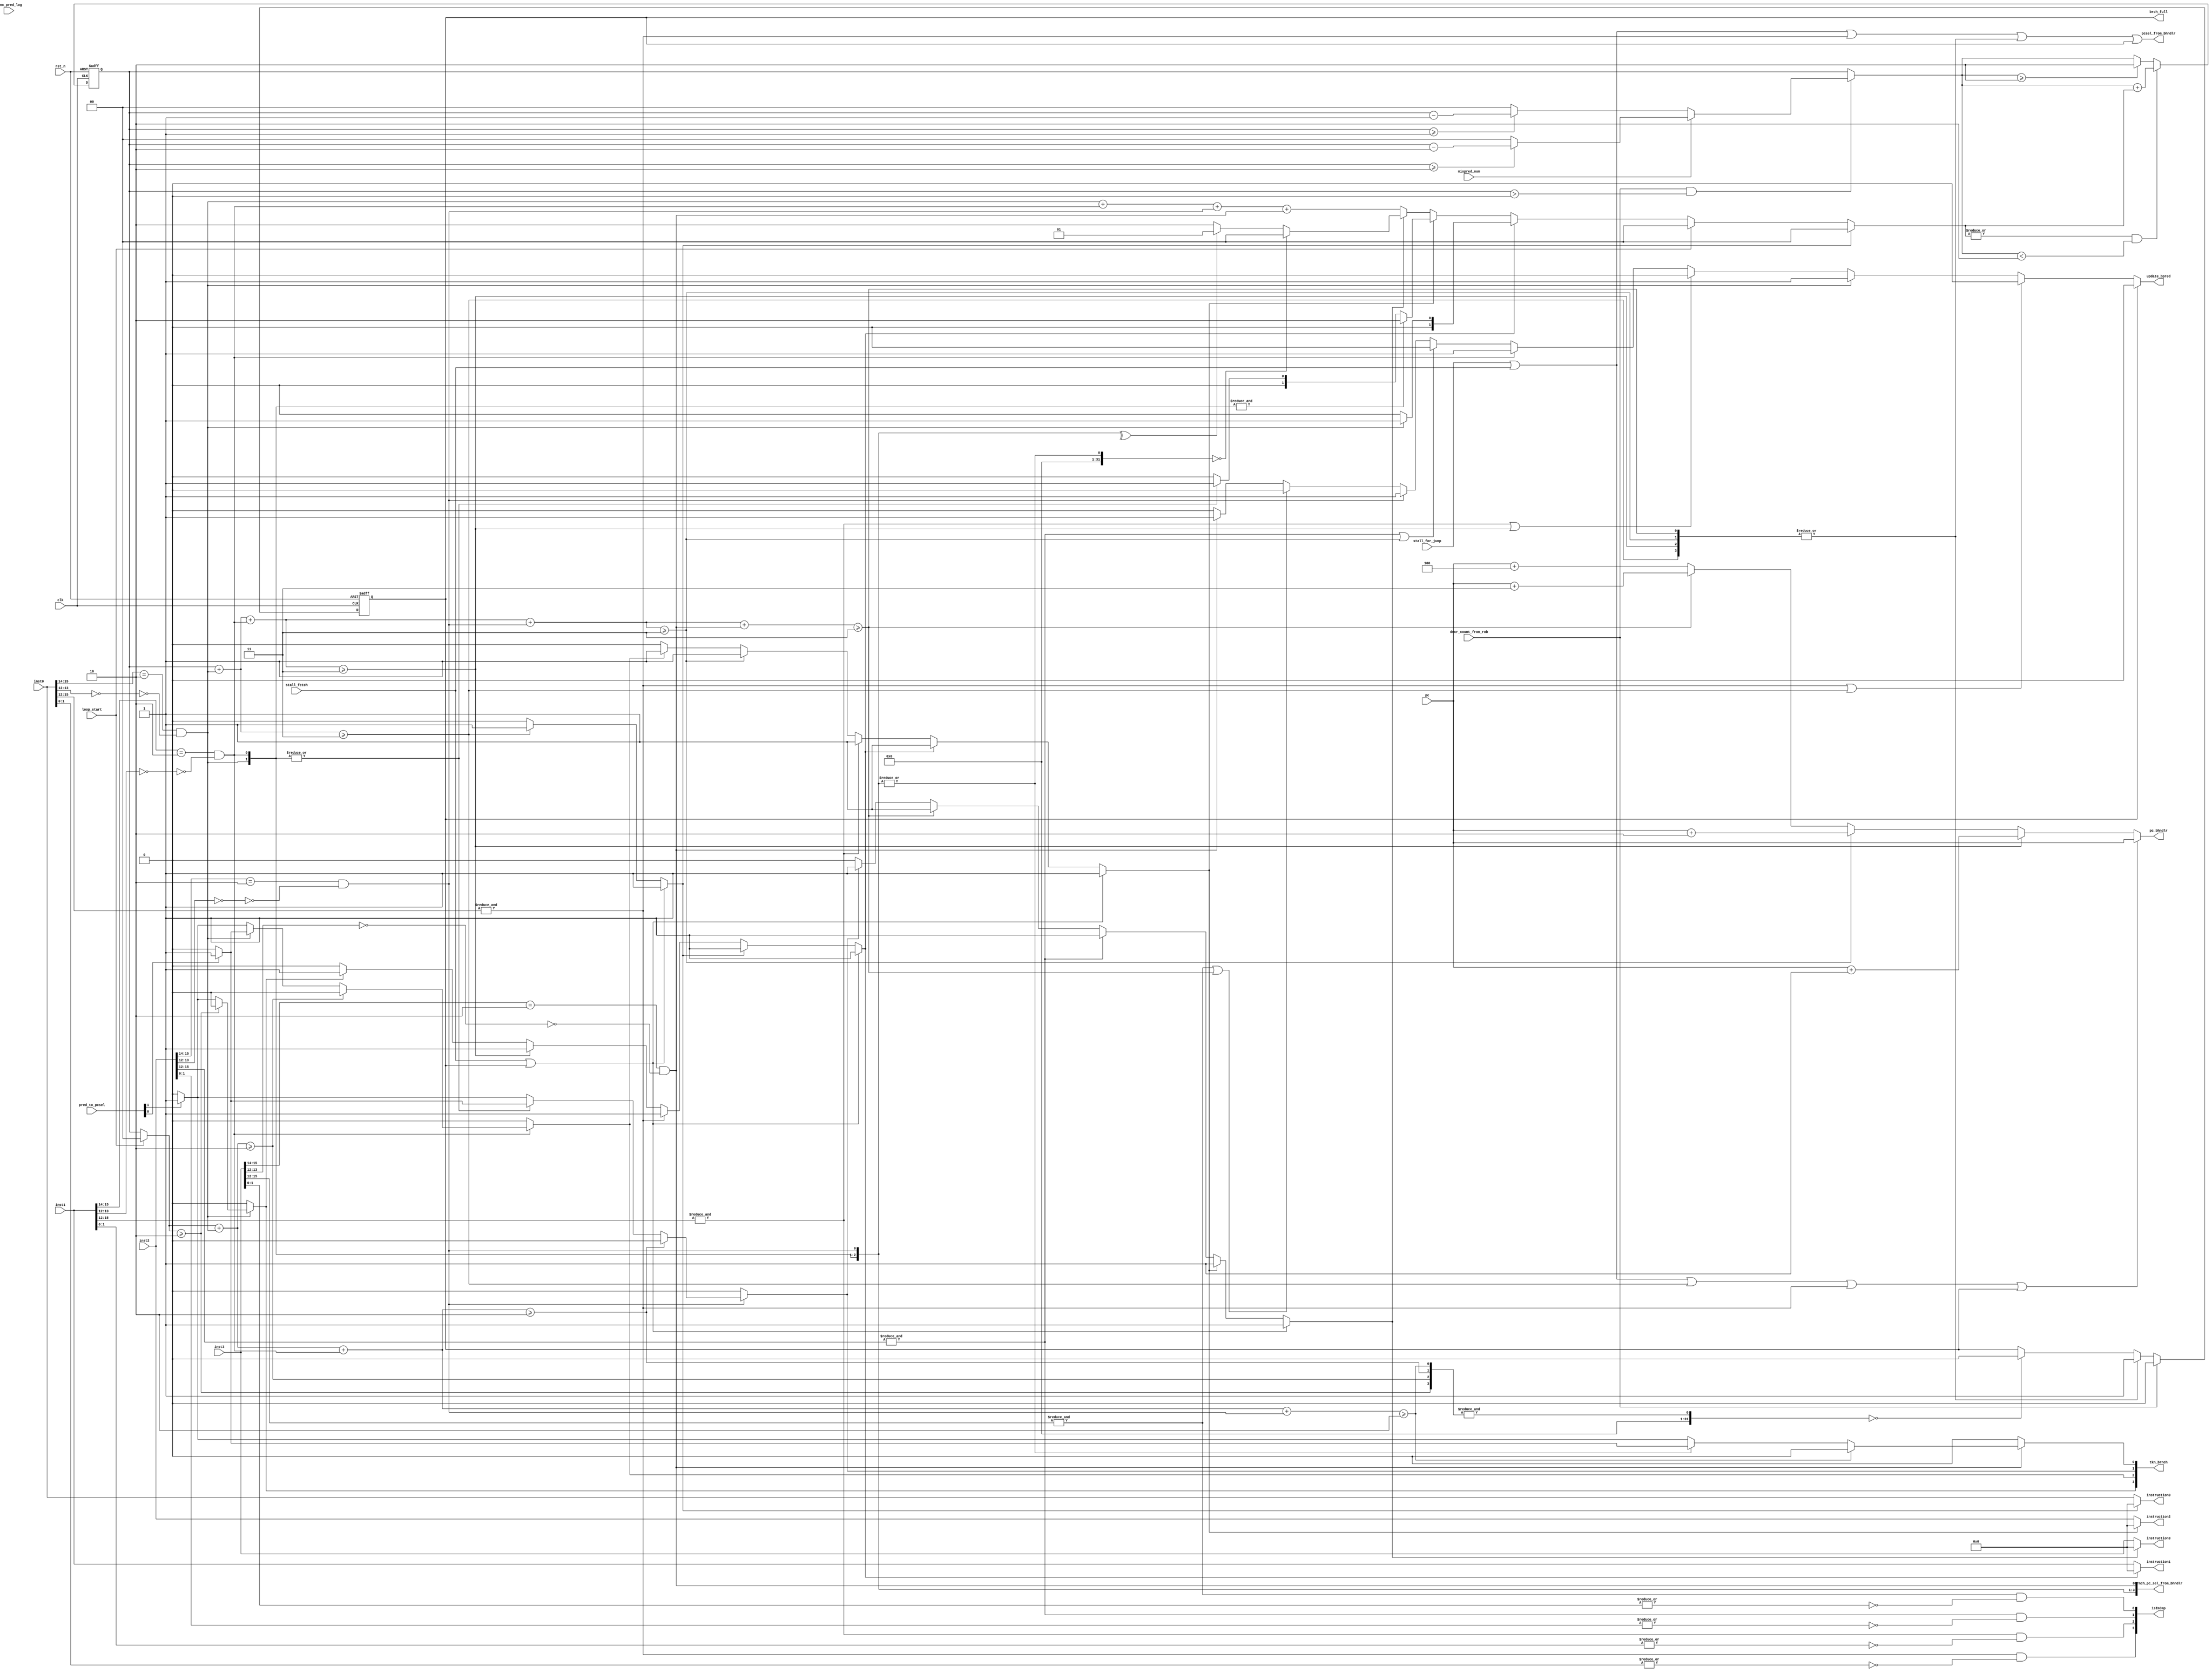
`timescale 1ns / 1ps
//////////////////////////////////////////////////////////////////////////////////
// Company: 
// Engineer: 
// 
// Design Name: 
// Module Name:    branchHandler 
// Project Name: 
// Target Devices: 
// Tool versions: 
// Description: Branch Handler is in charge of NOPing instructions 
//                        when branch is predicted taken or jump instructions occur;
//                        when jump address is not ready it stalls fetching by nop 4 
//                        instructions
//               1:if misprediction occurs, look if need to decrease counter value
//
// Dependencies: 
//
// Revision: 
// Revision 0.01 - File Created
// Additional Comments: 
//
//////////////////////////////////////////////////////////////////////////////////
module branchHandler(input clk,
		     input 	   rst_n,
		     input [15:0]  pc,
		     input [15:0]  inst0,
		     input [15:0]  inst1,
		     input [15:0]  inst2,
		     input [15:0]  inst3,
		     input 	   stall_for_jump,
		     input [1:0]   pred_to_pcsel,
		     input 	   decr_count_from_rob,
		     input 	   stall_fetch,
		     input 	   mispred_num,
		     input 	   brnc_pred_log,
		     input 	   loop_start,
		     output 	   update_bpred,
		     output [3:0]  brnch_pc_sel_from_bhndlr,
		     output 	   pcsel_from_bhndlr,
		     output [15:0] pc_bhndlr,
		     output [15:0] instruction0,
		     output [15:0] instruction1,
		     output [15:0] instruction2,
		     output [15:0] instruction3,
		     output 	   brch_full, 
		     output [3:0]  tkn_brnch,
		     output [3:0]  isImJmp
		     );
   
   //internal signals
   wire [3:0] 			   all_nop;
   wire [3:0] 			   isJump;//tkn_brnch;
   reg [1:0] 			   brnch_cnt;
  
   
   //////////////////////////////////////////////////////////
   ///////============code starts here=============//////////
   //////////////////////////////////////////////////////////


   //////////////////////////////////////
   //4 nop conditions:
   //   1).jump
   //   2).branch number<2
   //   3).branch taken
   //   4).stall(loop/register-based jump)
   ///////////////////////////////////////


   //<1>
   //check if there is jump instruction, if there is flush the next instruction.
   assign isJump[3]=&inst0[15:12];
   assign isJump[2]=&inst1[15:12];
   assign isJump[1]=&inst2[15:12];
   assign isJump[0]=&inst3[15:12];

   assign isImJmp[3]=isJump[3]&&(!(|inst0[1:0]));
   assign isImJmp[2]=isJump[2]&&(!(|inst1[1:0]));
   assign isImJmp[1]=isJump[1]&&(!(|inst2[1:0]));
   assign isImJmp[0]=isJump[0]&&(!(|inst3[1:0]));

   //<2>
   //check if there are more than two instructions in the processor
   //check for branch instructions
   assign brnch_pc_sel_from_bhndlr[3]=(inst0[15:14]==2'b10) && (!(inst0[13:12]==2'b00));
   assign brnch_pc_sel_from_bhndlr[2]=(inst1[15:14]==2'b10) && (!(inst1[13:12]==2'b00));
   assign brnch_pc_sel_from_bhndlr[1]=(inst2[15:14]==2'b10) && (!(inst2[13:12]==2'b00));
   assign brnch_pc_sel_from_bhndlr[0]=(inst3[15:14]==2'b10) && (!(inst3[13:12]==2'b00));


   //if branch instruction is taken and not flushed, increase counter
   //calculate number of instructions before current branch instruction
   reg [1:0] 			   incr_cnt;
   wire [1:0] 			   brnch_before_inst0,brnch_before_inst1,brnch_before_inst2,brnch_before_inst3;
   assign brnch_before_inst0=loop_start?2'b00:brnch_cnt;
   assign brnch_before_inst1=brnch_before_inst0+brnch_pc_sel_from_bhndlr[3];
   assign brnch_before_inst2=brnch_before_inst1+brnch_pc_sel_from_bhndlr[2];
   assign brnch_before_inst3=brnch_before_inst2+brnch_pc_sel_from_bhndlr[1];
   wire [3:0] 			   exd_cnt;
   assign exd_cnt={(brnch_before_inst0>=2'b10),(brnch_before_inst1>=2'b10),
                   (brnch_before_inst2>=2'b10),(brnch_before_inst3>=2'b10)};
   wire [3:0] 			   third_brnch;
   
   

   //if a third branch is detected, stall fetch
   assign third_brnch[3]=((brnch_cnt+brnch_pc_sel_from_bhndlr[3])>=3'b011);
   assign third_brnch[2]=((brnch_cnt+brnch_pc_sel_from_bhndlr[3]+brnch_pc_sel_from_bhndlr[2])>=3'b011);
   assign third_brnch[1]=((brnch_cnt+brnch_pc_sel_from_bhndlr[3]+brnch_pc_sel_from_bhndlr[2]+brnch_pc_sel_from_bhndlr[1])>=3'b011);
   assign third_brnch[0]=((brnch_cnt+brnch_pc_sel_from_bhndlr[3]+brnch_pc_sel_from_bhndlr[2]+brnch_pc_sel_from_bhndlr[1]+brnch_pc_sel_from_bhndlr[0])>=3'b011);


   //if a third branch is detected, stall fetch and hold PC at the third branch's PC
   reg 				   hold_for_brnch;
   always@(posedge clk or negedge rst_n)begin
      if(!rst_n)
	hold_for_brnch<=0;
      else if(decr_count_from_rob)
	hold_for_brnch<=0;
      else if(|third_brnch==1'b1)
	hold_for_brnch<=1;
      else if(&exd_cnt==0)
	hold_for_brnch<=0;
      else
	hold_for_brnch<=hold_for_brnch;
   end


   //if there is branch enable branch predictor
   assign update_bpred = hold_for_brnch?0:((isJump[3]||third_brnch[3])?0:
					   (brnch_pc_sel_from_bhndlr[3]?1:((isJump[2]||third_brnch[2])?0:
									   (brnch_pc_sel_from_bhndlr[2]?1:((isJump[1]||third_brnch[1])?0:
													   ((brnch_pc_sel_from_bhndlr[1])?1:((isJump[0]||third_brnch[0])?0:
																	     ((brnch_pc_sel_from_bhndlr[0])?1:0))))))));


   //when branch counter is larger than 2, the PC should stall
   //modify by ling
   assign brch_full = hold_for_brnch;
   


   //signal to increase counter
    always@(*)begin
      if(all_nop[3]==1)
        incr_cnt=2'b00;
      else if(loop_start)
        incr_cnt=2'b00;
      else if(all_nop[2]==1)begin
         if(brnch_pc_sel_from_bhndlr[3]==1)
           incr_cnt=2'b01;
         else
           incr_cnt=2'b00;
      end else if(all_nop[1]==1)begin
         if(&brnch_pc_sel_from_bhndlr[3:2]==1)// the first two instructions are branches
           incr_cnt=2'b10;
         else if(|brnch_pc_sel_from_bhndlr[3:2]==1)// there is one branch in the first two instrutions
           incr_cnt=2'b01;
         else
           incr_cnt=2'b00;
      end else if(all_nop[0]==1)begin
         if(|brnch_pc_sel_from_bhndlr[3:1]==0)
           incr_cnt=2'b00;
         else if(^brnch_pc_sel_from_bhndlr[3:1]==1)
           incr_cnt=2'b01;
         else
           incr_cnt=2'b10;
      end else//no flush
        incr_cnt=brnch_pc_sel_from_bhndlr[3]+brnch_pc_sel_from_bhndlr[2]
          +brnch_pc_sel_from_bhndlr[1]+brnch_pc_sel_from_bhndlr[0];
      
   end

	//branch counter
   reg [1:0] brnch_cnt_update;

   always@(/*autosense*/brnch_cnt or decr_count_from_rob or incr_cnt
	   or mispred_num)
     begin
	brnch_cnt_update = brnch_cnt;
	if(decr_count_from_rob==1 && brnch_cnt_update>2'b00)
	  begin
	     //expected if normal brnch commit,decrease one
	     if(mispred_num==1)begin
		if(brnch_cnt_update>=2'b10)
		  brnch_cnt_update = brnch_cnt_update-2'b10;
		else
		  brnch_cnt_update = 2'b00;
	     end
	     //if mispredict rob output decr_count also, if mispred_num==1, we decrease two
	     else begin
		if(brnch_cnt_update>=2'b01)
		  brnch_cnt_update = brnch_cnt_update-1;
		else
		  brnch_cnt_update = 2'b00;
	     end
	  end // if (decr_count_from_rob==1 && brnch_cnt>2'b00)
	else
	  begin
	     brnch_cnt_update  = brnch_cnt_update;
	  end // else: !if(decr_count_from_rob==1 && brnch_cnt>2'b00)
	
	if((|incr_cnt)&& (brnch_cnt_update<2'b10))
	  brnch_cnt_update = brnch_cnt_update+incr_cnt;
	else if(brnch_cnt_update>=2'b10)
          brnch_cnt_update = 2'b10;
	else
          brnch_cnt_update = brnch_cnt_update;
     end

     
   //counter to keep track of number of branches
   //counter need to be decreased if misperdiction takes place
   always@(posedge clk or negedge rst_n)begin
      if(!rst_n)
        brnch_cnt<=2'b00;
      else 
	brnch_cnt <= brnch_cnt_update;
   end


   //<3>
   //check if taken or not
   //taken branch 1-taken 0-not taken
   //if already flushed no need decide
   assign tkn_brnch[3]=brnch_pc_sel_from_bhndlr[3] ? ((exd_cnt[3])?0:(brnch_pc_sel_from_bhndlr[3]?(pred_to_pcsel[1]?1:0):0)) : 0;
   assign tkn_brnch[2]=brnch_pc_sel_from_bhndlr[2] ? ((exd_cnt[2])?0:(  brnch_pc_sel_from_bhndlr[2]?
									( brnch_pc_sel_from_bhndlr[3]?(pred_to_pcsel[0]?1:0):(pred_to_pcsel[1]?1:0) ):0)) : 0;

   assign tkn_brnch[1]=brnch_pc_sel_from_bhndlr[1] ? ((exd_cnt[1])?0:(   (|brnch_pc_sel_from_bhndlr[3:2]==1)?//if there is not branch before3rd inst
					  (pred_to_pcsel[0]?1:0):(pred_to_pcsel[1]?1:0))) : 0;
   assign tkn_brnch[0]=brnch_pc_sel_from_bhndlr[0] ? ((exd_cnt[0])?0:((|brnch_pc_sel_from_bhndlr[3:1])?
				       (pred_to_pcsel[0]?1:0):(pred_to_pcsel[1]?1:0))) : 0;


   //<4>
   //stall signal, plus tkn, exceed count,jump, if immdediate jump flush at dataout module
   //if previous instruction got flushed, latter ones all get flushed
   //all_nop=1-->flush
   assign all_nop[3]=(stall_fetch||hold_for_brnch)?1:(third_brnch[3]?1:0);
   assign all_nop[2]=(stall_fetch||hold_for_brnch)?1:(all_nop[3]?1:(isJump[3]?1:(third_brnch[2]?1:(tkn_brnch[3]?1:0))));
   assign all_nop[1]=(stall_fetch||hold_for_brnch)?1:(all_nop[2]?1:(isJump[2]?1:(third_brnch[1]?1:(tkn_brnch[2]?1:0))));
   assign all_nop[0]=(stall_fetch||hold_for_brnch)?1:(all_nop[1]?1:(isJump[1]?1:(third_brnch[0]?1:(tkn_brnch[1]?1:0))));


   ///////////////////////
   //Output signals    //
   ////////////////////
   //for next PC
   assign pcsel_from_bhndlr=(stall_for_jump||stall_fetch||isJump[3])||(|third_brnch)||hold_for_brnch;
   //reg [15:0] pc_bhndlr;//if more than two branches, third got flushed

   assign pc_bhndlr= (stall_for_jump||stall_fetch||third_brnch[3]||isJump[3]||hold_for_brnch)?pc
                     : (third_brnch[2]?(pc+1):(third_brnch[1]?(pc+2):(third_brnch[0]?(pc+3):pc+4)));


   //instructions
   assign instruction0=(all_nop[3])?16'b0:inst0;
   assign instruction1=(all_nop[2])?16'b0:inst1;
   assign instruction2=(all_nop[1])?16'b0:inst2;
   assign instruction3=(all_nop[0])?16'b0:inst3;

 
endmodule